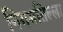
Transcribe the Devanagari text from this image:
निगमतिल्ला